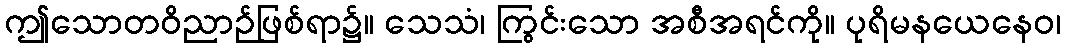
ဤသောတဝိညာဉ်ဖြစ်ရာ၌။ သေသံ၊ ကြွင်းသော အစီအရင်ကို။ ပုရိမနယေနေဝ၊